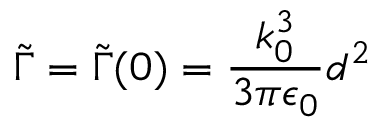
\widetilde \Gamma = \widetilde \Gamma ( 0 ) = \frac { k _ { 0 } ^ { 3 } } { 3 \pi \epsilon _ { 0 } } d ^ { 2 }